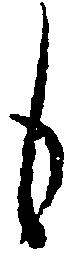
も